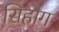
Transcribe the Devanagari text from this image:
सिहाग